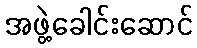
အဖွဲ့ခေါင်းဆောင်